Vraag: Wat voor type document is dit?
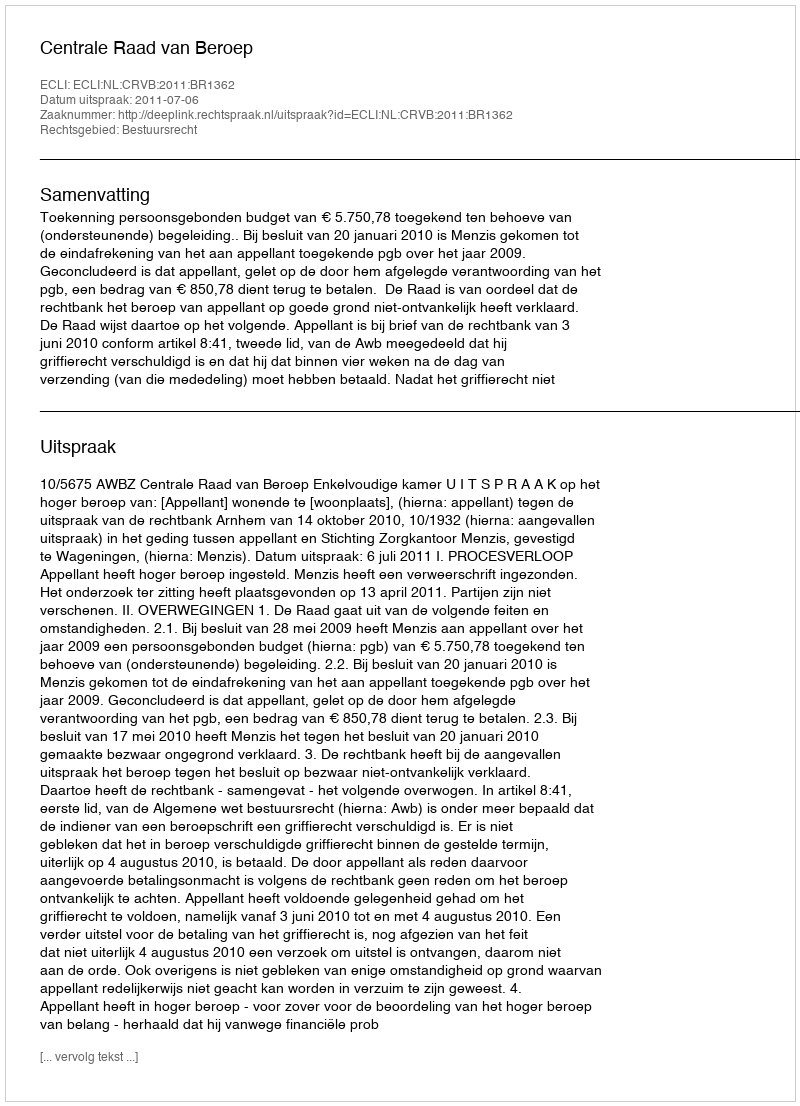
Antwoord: Uitspraak